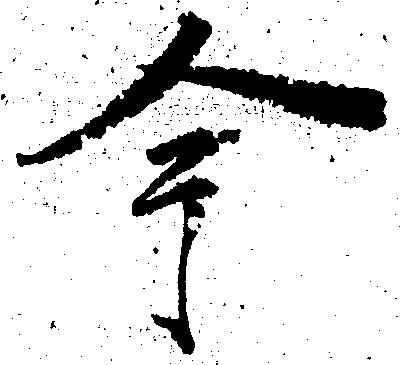
今